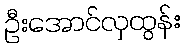
ဦးအောင်လှထွန်း